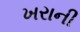
ખરાની